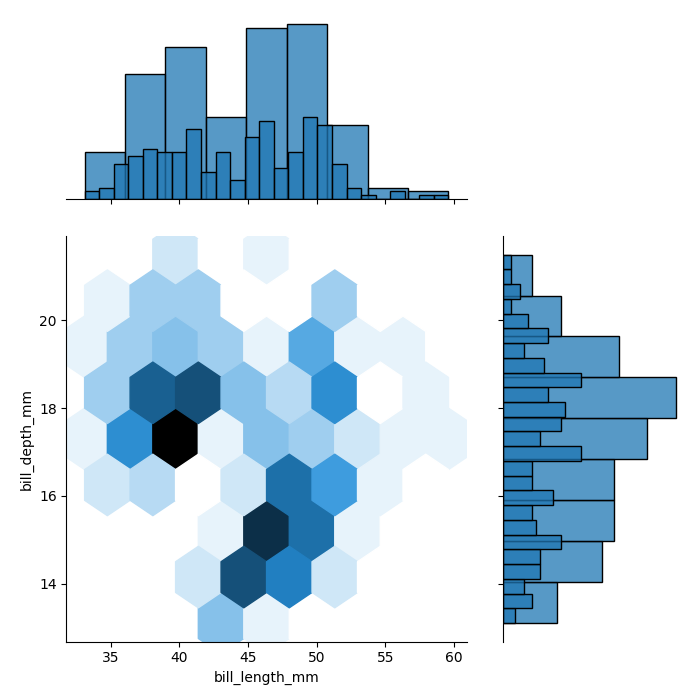
python, seaborn, jointplot, kind='hex', height='7', ratio='2', marginal_ticks='False'